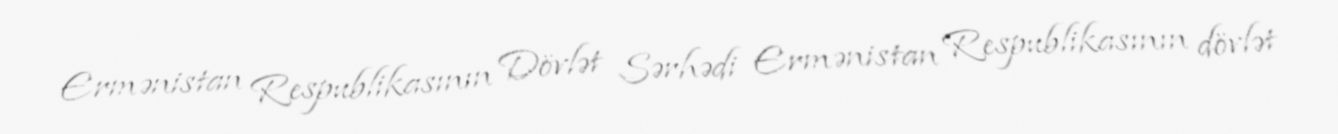
Ermənistan Respublikasının Dövlət Sərhədi Ermənistan Respublikasının dövlət